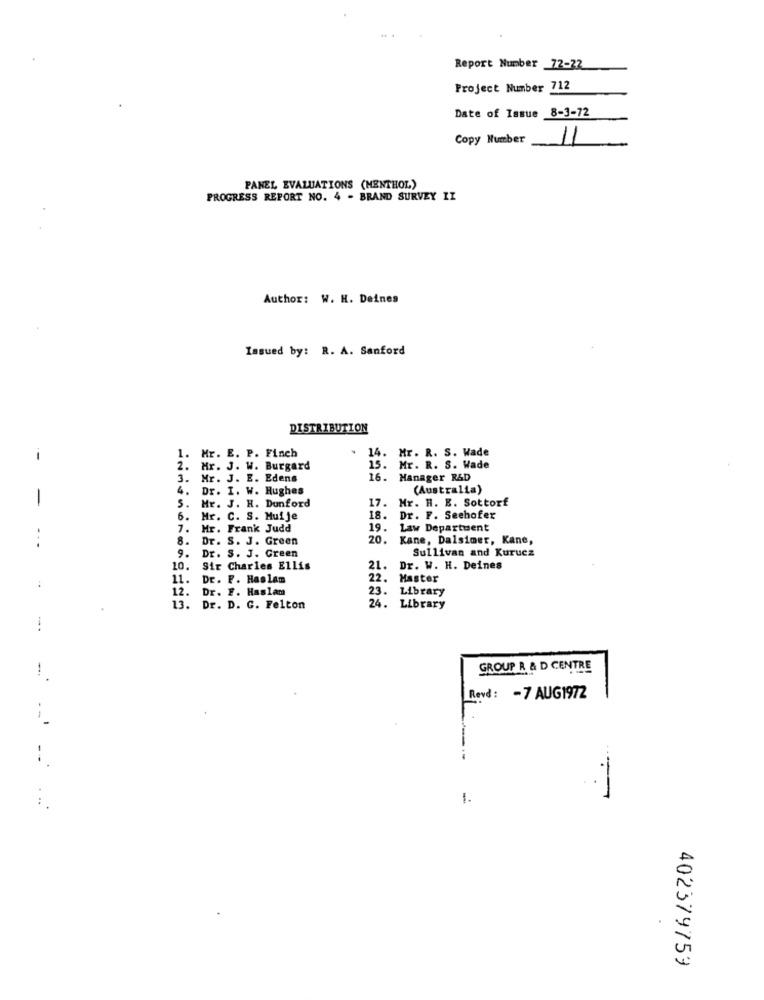
Report Number _72-22
Project Number 712
Date of Issue 8-3-72
Copy Number
11
PANEL EVALUATIONS (MENTHOL)
PROGRESS REPORT NO. 4 - BRAND SURVEY II
Author: W. H. Deines
Issued by: R. A. Sanford
DISTRIBUTION
Mr. E. P. Finch
14.
Mr. R. S. Wade
--
1.
2.
Mr. J. W. Burgard
15.
Mr. R. S. Wade
3.
Mr. J. E. Edens
16.
Manager R&D
4. Dr. I. W. Hughes
(Australia)
17.
Mr. H. E. Sottorf
S.
Mr. J. H. Dunford
6.
Mr. C. S. Muije
18.
Dr. F. Seehofer
7.
Mr. Frank Judd
19.
Law Departwent
8.
Dr. S. J. Green
20.
Kane, Dalsimer, Kane,
9.
Sullivan and Kurucz
Dr. S. J. Green
10.
Sir Charles Ellis
21.
Dr. W. H. Deines
11.
Dr. F. Haslam
22.
Master
12.
Dr. F. Haslam
23.
Library
13.
Dr. D. G. Felton
24. Library
GROUP R & D CENTRE
Revd: - 7 AUG1972
..
1.
...
402379759